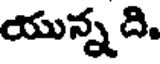
యున్న ది.